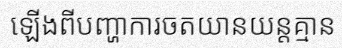
ឡើងពីបញ្ហាការចតយានយន្តគ្មាន